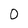
Character: 0